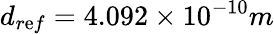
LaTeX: d_{r\mathrm{e}f}=4.092\times10^{-10}m